Note on the mental hospitals in Burma - 1925-1940
Year: 1925
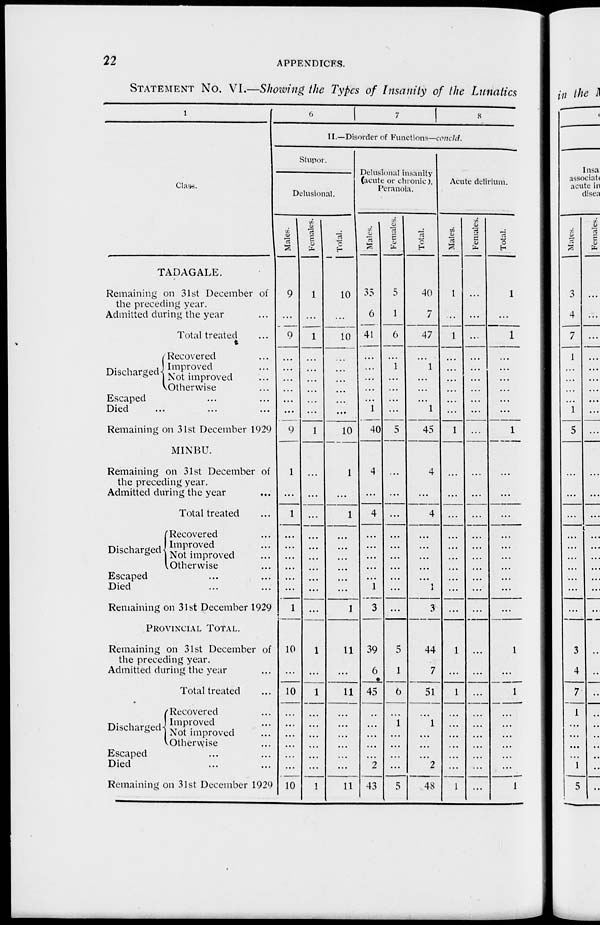
22
APPENDICES.
STATEMENT No. VI.—Showing the Types of Insanity of the Lunatics
1
Class.
TADAGALE.
Remaining on 31st December of
the preceding year.
Admitted during the year ...
Total treated ...
Discharged
Recovered ...
Improved ...
Not improved ...
Otherwise ...
Escaped ... ... ...
Died ... ... ...
Remaining on 31st December 1929
MINBU.
Remaining on 31st December of
the preceding year.
Admitted during the year ...
Total treated ...
Discharged
Recovered ...
Improved ...
Not improved ...
Otherwise ...
Escaped ... ... ...
Died ... ... ...
Remaining on 31st December 1929
PROVINCIAL TOTAL.
Remaining on 31st December of
the preceding year.
Admitted during the year ...
Total treated ...
Discharged
Recovered ...
Improved ...
Not improved ...
Otherwise ...
Escaped ... ...
Died ... ...
Remaining on 31st December 1929
6
7
8
II.—Disorder of Functions—concld.
Stupor.
Delusional.
Males.
9
...
9
...
...
...
...
...
...
9
1
...
1
...
...
...
...
...
...
1
10
...
10
...
...
...
...
...
...
10
Females.
1
...
1
...
...
...
...
...
...
1
...
...
...
...
...
...
...
...
...
...
1
...
1
...
...
...
...
...
...
1
Total.
10
...
10
...
...
...
...
...
...
10
1
...
1
...
...
...
...
...
...
1
11
...
11
...
...
...
...
...
...
11
Delusional insanity
(acute or chronic),
Peranoia.
Males.
35
6
41
...
...
...
...
...
1
40
4
...
4
...
...
...
...
...
1
3
39
6
45
...
...
...
...
...
2
43
Females.
5
1
6
...
1
...
...
...
...
5
...
...
...
...
...
...
...
...
...
...
5
1
6
...
1
...
...
...
...
5
Total.
40
7
47
...
1
...
...
...
1
45
4
...
4
...
...
...
...
...
1
3
44
7
51
...
1
...
...
...
2
48
Acute delirium.
Males.
1
...
1
...
...
...
...
...
...
1
...
...
...
...
...
...
...
...
...
...
1
...
1
...
...
...
...
...
...
1
Females.
...
...
...
...
...
...
...
...
...
...
...
...
...
...
...
...
...
...
...
...
...
...
...
...
...
...
...
...
...
...
Total.
1
...
1
...
...
...
...
...
...
1
...
...
...
...
...
...
...
...
...
...
1
...
1
...
...
...
...
...
...
1